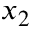
x _ { 2 }